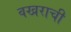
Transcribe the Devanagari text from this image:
वखराची